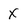
Character: X